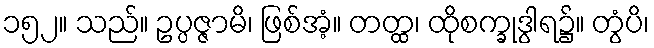
၁၅၂။ သည်။ ဥပ္ပဇ္ဇာမိ၊ ဖြစ်အံ့။ တတ္ထ၊ ထိုစက္ခုဒွါရ၌။ တွံပိ၊